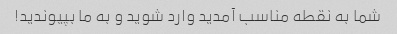
شما به نقطه مناسب آمدید وارد شوید و به ما بپیوندید!